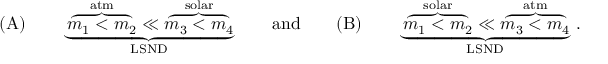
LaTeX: \mathrm { ( A ) } \qquad \underbrace { \overbrace { m _ { 1 } < m _ { 2 } } ^ { \mathrm { a t m } } \ll \overbrace { m _ { 3 } < m _ { 4 } } ^ { \mathrm { s o l a r } } } _ { \mathrm { L S N D } } \qquad \mathrm { a n d } \qquad \mathrm { ( B ) } \qquad \underbrace { \overbrace { m _ { 1 } < m _ { 2 } } ^ { \mathrm { s o l a r } } \ll \overbrace { m _ { 3 } < m _ { 4 } } ^ { \mathrm { a t m } } } _ { \mathrm { L S N D } } \, .